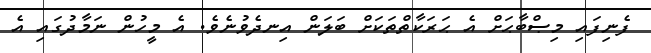
ފެނިފައި މިޞްބާޙަށް އެ ޙަރަކާތްތަކަށް ބަލަން އިނދެވުނެވެ. އެ މީހުން ނަމާދުގައި އެ